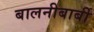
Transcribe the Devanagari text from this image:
बालनीबार्बी